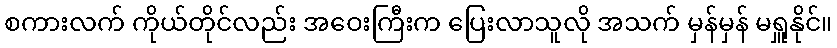
စကားလက် ကိုယ်တိုင်လည်း အဝေးကြီးက ပြေးလာသူလို အသက် မှန်မှန် မရှူနိုင်။